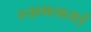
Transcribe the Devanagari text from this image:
श्यामलाताई